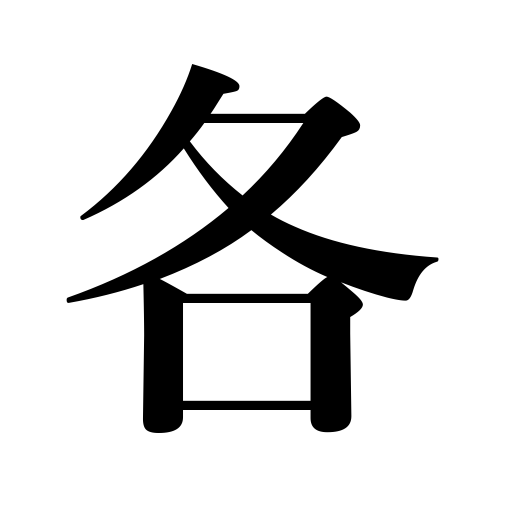
Meanings: every,respectively,each,either